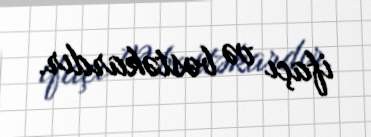
ifaçı və bəstəkardır.